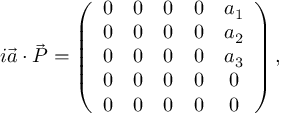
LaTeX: i { \vec { a } } \cdot { \vec { P } } = \left( { \begin{array} { c c c c c } { 0 } & { 0 } & { 0 } & { 0 } & { a _ { 1 } } \\ { 0 } & { 0 } & { 0 } & { 0 } & { a _ { 2 } } \\ { 0 } & { 0 } & { 0 } & { 0 } & { a _ { 3 } } \\ { 0 } & { 0 } & { 0 } & { 0 } & { 0 } \\ { 0 } & { 0 } & { 0 } & { 0 } & { 0 } \end{array} } \right) , \qquad